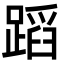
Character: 蹈